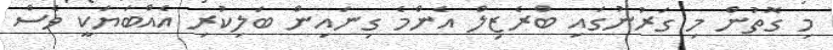
މި ގޮތުން މި ގަރުނުގައި ބްރެޒިލް އެންމެ ގިނައިން ބަލިކުރި އެއްބަޔަކީ ވެސް